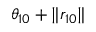
\theta _ { 1 0 } + \| r _ { 1 0 } \|